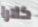
كلارا